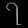
Digit: ၇